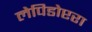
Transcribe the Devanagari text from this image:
लेपिडोप्टरा